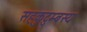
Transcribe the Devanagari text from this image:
सहकुटुम्बस्य